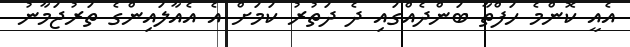
އެއީ ކޮންމެ ހަފްތާ ބަންދެއްގައި ދެ ދަތުރު ކަމަށް އެ އެއާލައިންގެ ތަރުޖަމާނު